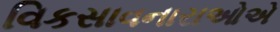
વિકસાવનારાઓએ